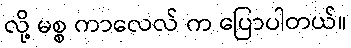
လို့ မစ္စ ကာလေလ် က ပြောပါတယ်။